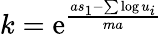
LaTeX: k=\mathrm{e}^{\frac{as_{1}-\sum\log u_{i}}{ma}}